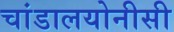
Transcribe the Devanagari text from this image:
चांडालयोनीसी